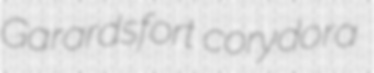
Garardsfort corydora